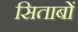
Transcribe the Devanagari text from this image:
सिताबों